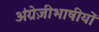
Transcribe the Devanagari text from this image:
अंग्रेज़ीभाषीयों